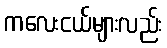
ကလေးငယ်များလည်း